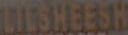
LIESHEESH